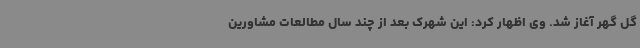
گل گهر آغاز شد. وی اظهار کرد: این شهرک بعد از چند سال مطالعات مشاورین